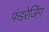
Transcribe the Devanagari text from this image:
फंडरेजिंग